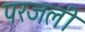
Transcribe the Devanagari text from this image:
परजली